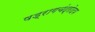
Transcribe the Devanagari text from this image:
षड्रागचंद्रोदय